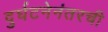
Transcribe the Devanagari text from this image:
दुर्घटनेनंतरची